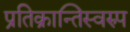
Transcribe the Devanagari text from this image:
प्रतिक्रान्तिस्वरुप